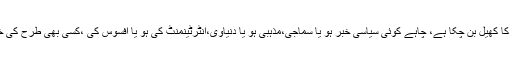
آج کے جدید ٹیکنالوجی اور انٹرنیٹ کے دور میں کسی بھی بات کو دنیا بھر تک پہنچانا ایک منٹوں کا کھیل بن چکا ہے، چاہے کوئی سیاسی خبر ہو یا سماجی،مذہبی ہو یا دنیاوی،انٹرٹینمنٹ کی ہو یا افسوس کی ،کسی بھی طرح کی خبر ہو آپ انٹرنیٹ پر عبوریت رکھنے والے سوشل میڈیا کے ذریعے دنیا بھر تک پہنچا سکتے ہیں۔